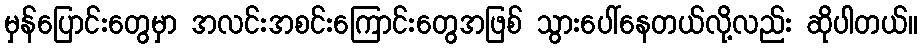
မှန်ပြောင်းတွေမှာ အလင်းအစင်းကြောင်းတွေအဖြစ် သွားပေါ်နေတယ်လို့လည်း ဆိုပါတယ်။